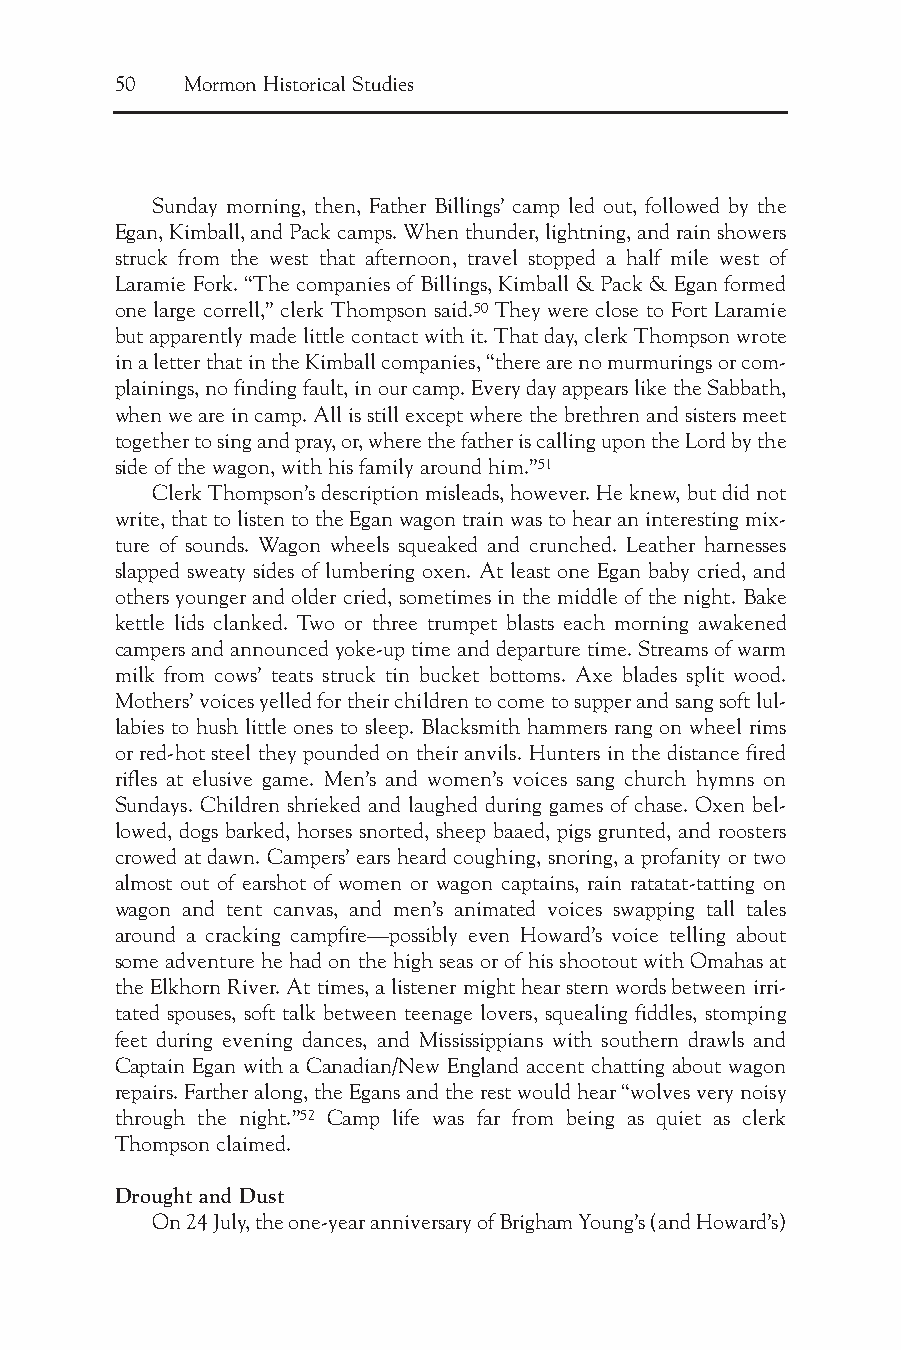
50  Mormon Historical Studies
 Sunday morning, then, Father Billings’ camp led out, followed by the
 Egan, Kimball, and Pack camps. When thunder, lightning, and rain showers
 struck from the west that afternoon, travel stopped a half mile west of
 Laramie Fork. “The companies of Billings, Kimball & Pack & Egan formed
 one large correll,” clerk Thompson said.50 They were close to Fort Laramie
 but apparently made little contact with it. That day, clerk Thompson wrote
 in a letter that in the Kimball companies, “there are no murmurings or com-
 plainings, no finding fault, in our camp. Every day appears like the Sabbath,
 when we are in camp. All is still except where the brethren and sisters meet
 together to sing and pray, or, where the father is calling upon the Lord by the
 side of the wagon, with his family around him.”51
 Clerk Thompson’s description misleads, however. He knew, but did not
 write, that to listen to the Egan wagon train was to hear an interesting mix-
 ture of sounds. Wagon wheels squeaked and crunched. Leather harnesses
 slapped sweaty sides of lumbering oxen. At least one Egan baby cried, and
 others younger and older cried, sometimes in the middle of the night. Bake
 kettle lids clanked. Two or three trumpet blasts each morning awakened
 campers and announced yoke-up time and departure time. Streams of warm
 milk from cows’ teats struck tin bucket bottoms. Axe blades split wood.
 Mothers’ voices yelled for their children to come to supper and sang soft lul-
 labies to hush little ones to sleep. Blacksmith hammers rang on wheel rims
 or red-hot steel they pounded on their anvils. Hunters in the distance fired
 rifles at elusive game. Men’s and women’s voices sang church hymns on
 Sundays. Children shrieked and laughed during games of chase. Oxen bel-
 lowed, dogs barked, horses snorted, sheep baaed, pigs grunted, and roosters
 crowed at dawn. Campers’ ears heard coughing, snoring, a profanity or two
 almost out of earshot of women or wagon captains, rain ratatat-tatting on
 wagon and tent canvas, and men’s animated voices swapping tall tales
 around a cracking campfire—possibly even Howard’s voice telling about
 some adventure he had on the high seas or of his shootout with Omahas at
 the Elkhorn River. At times, a listener might hear stern words between irri-
 tated spouses, soft talk between teenage lovers, squealing fiddles, stomping
 feet during evening dances, and Mississippians with southern drawls and
 Captain Egan with a Canadian/New England accent chatting about wagon
 repairs. Farther along, the Egans and the rest would hear “wolves very noisy
 through the night.”52 Camp life was far from being as quiet as clerk
 Thompson claimed.
 Drought and Dust
 On 24 July, the one-year anniversary of Brigham Young’s (and Howard’s)